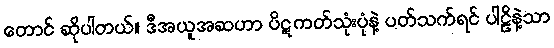
တောင် ဆိုပါတယ်။ ဒီအယူအဆဟာ ပိဋကတ်သုံးပုံနဲ့ ပတ်သက်ရင် ပါဠိနဲ့သာ